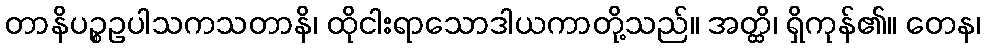
တာနိပဉ္စဥပါသကသတာနိ၊ ထိုငါးရာသောဒါယကာတို့သည်။ အတ္ထိ၊ ရှိကုန်၏။ တေန၊